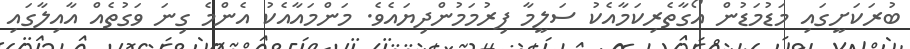
ބުރަކަށީގައި މަޑުމަޑުން އޯގާތެރިކަމާއެކު ސަލީމާ ފިރުމަމުންދިޔައެވެ. މަންމައާއެކު އެންމެ ގިނަ ވަގުތެއް އާއިލާގައި